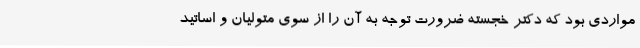
مواردی بود که دکتر خجسته ضرورت توجه به آن را از سوی متولیان و اساتید